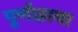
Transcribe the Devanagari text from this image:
पूर्णछाया